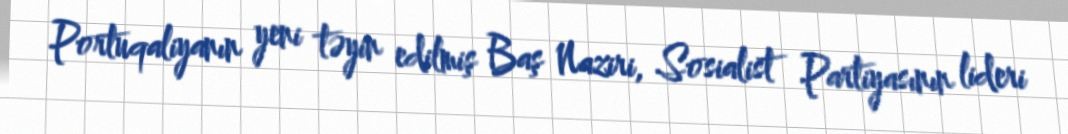
Portuqaliyanın yeni təyin edilmiş Baş Naziri, Sosialist Partiyasının lideri